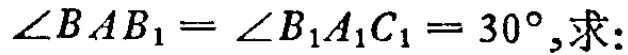
\(\angle BAB_{1}=\angle B_{1}A_{1}C_{1}=30^{\circ},求:\)